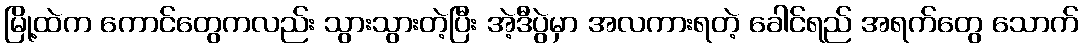
မြို့ထဲက ကောင်တွေကလည်း သွားသွားတဲ့ပြီး အဲ့ဒီပွဲမှာ အလကားရတဲ့ ခေါင်ရည် အရက်တွေ သောက်